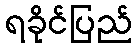
ရခိုင်ပြည်